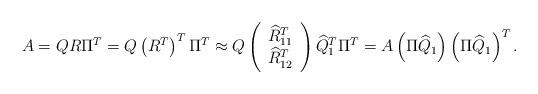
LaTeX: \begin{align*}A = QR\Pi^T = Q \left(R^T\right)^T \Pi^T \approx Q \left(\begin{array}{c}\widehat{R}_{11}^T \\\widehat{R}_{12}^T\end{array} \right) \widehat{Q}_1^T \Pi^T = A \left(\Pi \widehat{Q}_1\right) \left(\Pi \widehat{Q}_1\right)^T.\end{align*}